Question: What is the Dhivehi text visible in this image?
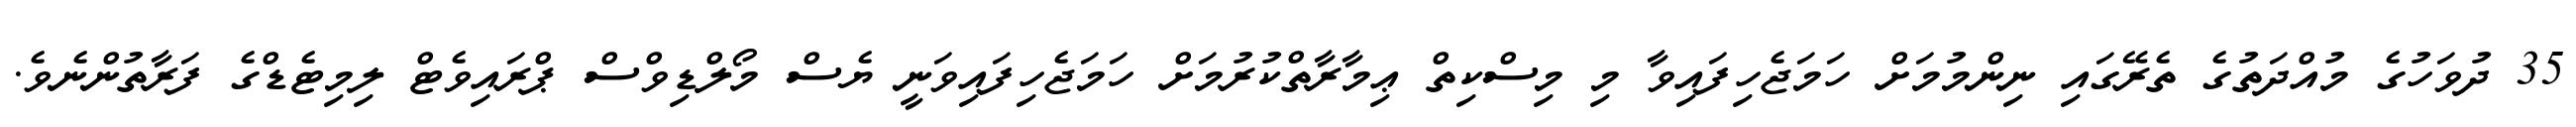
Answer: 35 ދުވަހުގެ މުއްދަތުގެ ތެރޭގައި ނިންމުމަށް ހަމަޖެހިފައިވާ މި މިސްކިތް ޢިމާރާތްކުރުމަށް ހަމަޖެހިފައިވަނީ ޔެސް މޯލްޑިވްސް ޕްރައިވެޓް ލިމިޓެޑްގެ ފަރާތުންނެވެ.